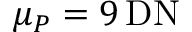
\mu _ { P } = 9 \, \mathrm { D N }